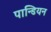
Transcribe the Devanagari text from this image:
पान्डियन